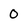
Character: 0